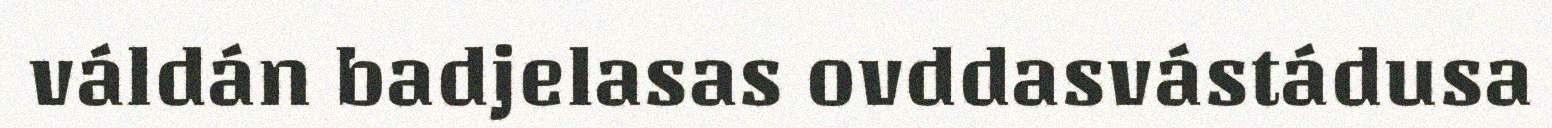
váldán badjelasas ovddasvástádusa